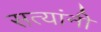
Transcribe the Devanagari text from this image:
सत्यांनी